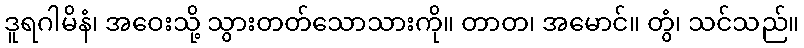
ဒူရဂါမိနံ၊ အဝေးသို့ သွားတတ်သောသားကို။ တာတ၊ အမောင်။ တွံ၊ သင်သည်။